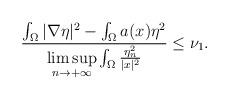
LaTeX: \begin{align*}\frac{\int_\Omega|\nabla\eta|^2-\int_\Omega a(x)\eta^2}{\limsup\limits_{n\rightarrow+\infty}\int_\Omega \frac{\eta_n^2}{|x|^2}}\le\nu_1.\end{align*}